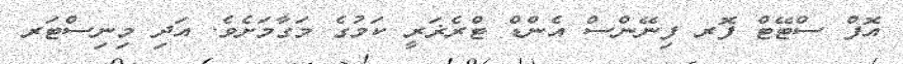
އޮފް ސްޓޭޓް ފޮރ ފިނޭންސް އެންޑް ޓްރެޜަރީ ކަމުގެ މަގާމަށެވެ. އަދި މިނިސްޓަރ